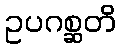
ဥပဂစ္ဆတိ